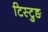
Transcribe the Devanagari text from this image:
टिस्टुङ